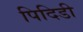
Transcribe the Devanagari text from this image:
पिदिडी